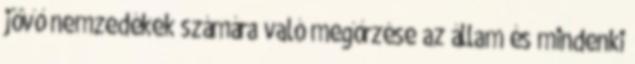
jövő nemzedékek számára való megőrzése az állam és mindenki